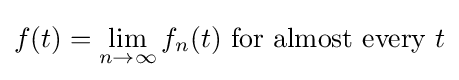
f(t)=\lim _{n\rightarrow \infty }f_{n}(t){\text{ for almost every }}t